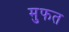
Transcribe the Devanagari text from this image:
मुफत